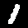
Digit: 1